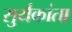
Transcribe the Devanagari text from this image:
सुर्यकांता